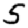
Digit: 5